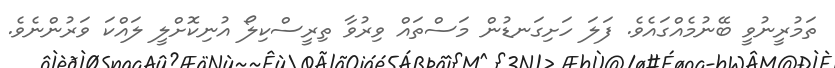
ތަމުރީނުވީ ބޭނުމެއްގައެވެ. ފަލަ ހަށިގަނޑުން މަސްތައް ވިރުވާ ތިރީސްކިލޯ އުނިކޮށްލީ ލައްކަ ވަރުންނެވެ.